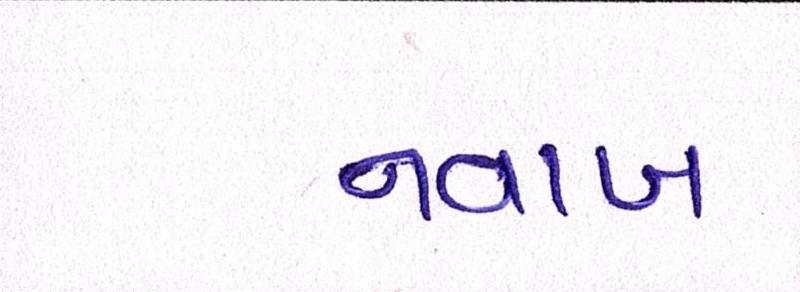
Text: નવાબ